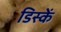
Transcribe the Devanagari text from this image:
डिस्कें